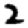
Digit: 2